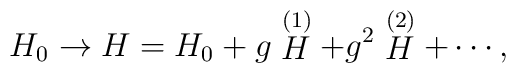
H_{0}\rightarrow H=H_{0}+g\stackrel{(1)}{H}+g^{2}\stackrel{(2)}{H}+\cdots ,